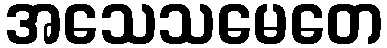
အသေသမေတေ